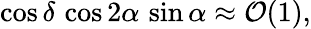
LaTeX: \cos\delta\, \cos 2\alpha\, \sin\alpha\approx{\cal O}(1),